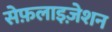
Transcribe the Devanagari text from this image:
सेफ़लाइज़ेशन